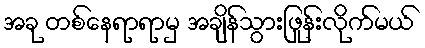
အခု တစ်နေရာရာမှ အချိန်သွားဖြုန်းလိုက်မယ်